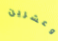
وعشرين